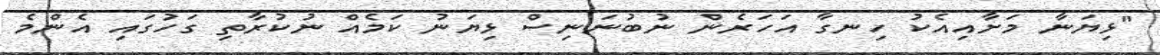
"ޅިޔަނާ މަށާއިއެކު ހިނގާ އަހަރެން ނުބުނަނިސް ޅިޔަނު ކަމެއް ނުކުރާތި ގަހުގައި އެންމެ